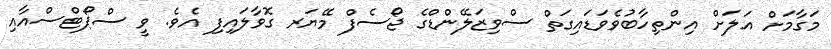
މަގާމަށް އަލަށް އިންތިހާބުވެވަޑައިގަތް ސްވިޒަލޭންޑްގެ ޖޯސެފް މޭޔަރ ގޮވާލައިފި އެވެ. ވީ ސްޕޯޓްސްއާއި